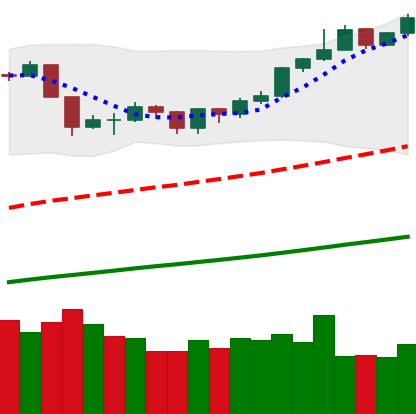
Ticker: BTC-USD
Chart end date: 2019-06-20
Forward return: 23.761%
Label: up_7plus